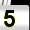
Digit: 5